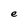
Character: e